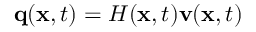
\mathbf { q } ( \mathbf { x } , t ) = H ( \mathbf { x } , t ) \mathbf { v } ( \mathbf { x } , t )